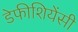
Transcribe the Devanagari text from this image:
डेफीशियेंसी